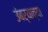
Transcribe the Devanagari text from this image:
उंबर्‍याच्या